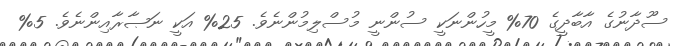
ސޫދާނުގެ އާބާދީގެ 70% މީހުންނަކީ ސުންނީ މުސްލިމުންނެވެ. 25% އަކީ ނަޞާރާއިންނެވެ. 5%